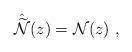
LaTeX: \begin{align*}\hat {\widetilde{\cal N}}(z)={\cal N}(z)\ ,\end{align*}